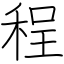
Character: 程